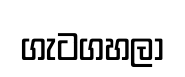
ගැටගහලා